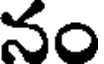
నం